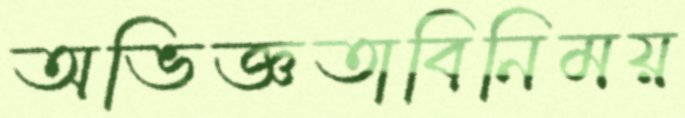
অভিজ্ঞতাবিনিময়